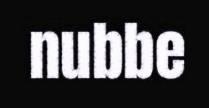
nubbe